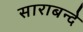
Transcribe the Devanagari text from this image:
साराबन्दे